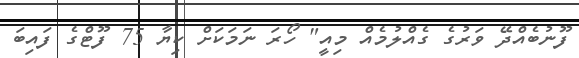
ފޫނުބެއްދޭ ވަރުގެ ގެއްލުމެއް މިއީ" ހޯރަ ނަމަކަށް ކިޔާ 75 ފޫޓްގެ ފައިބަ